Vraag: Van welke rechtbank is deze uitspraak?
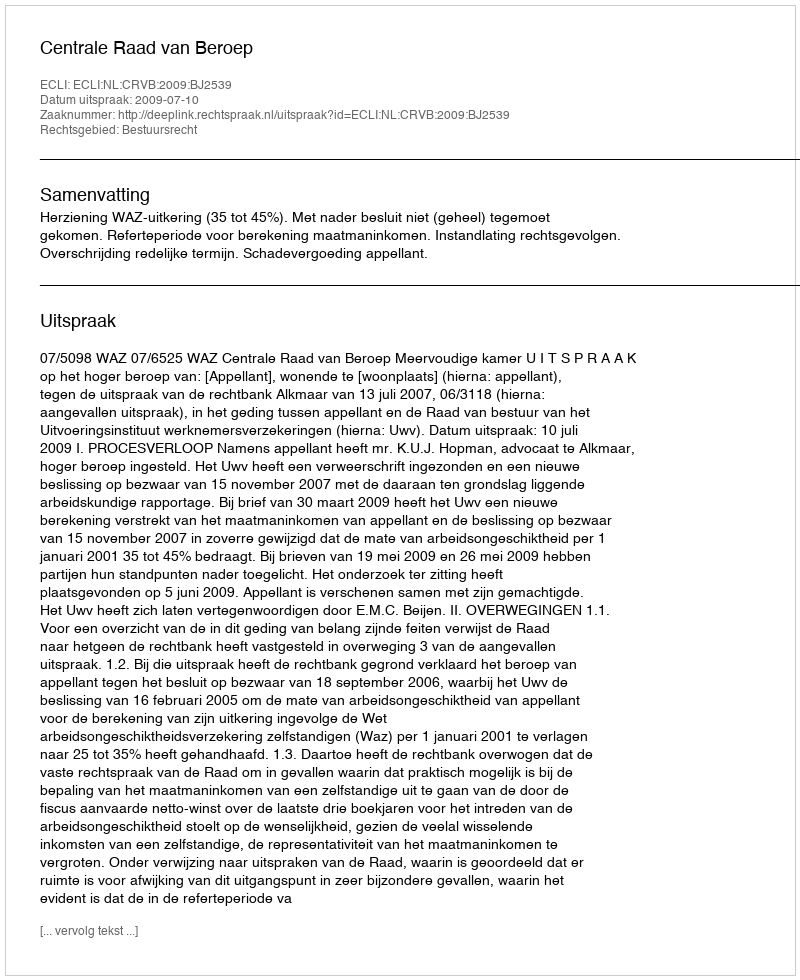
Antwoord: Centrale Raad van Beroep